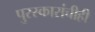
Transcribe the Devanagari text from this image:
पुरस्कारांचीही